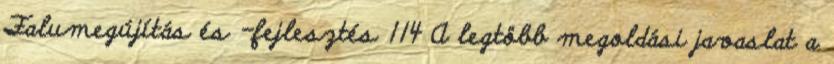
Falumegújítás és -fejlesztés 114 A legtöbb megoldási javaslat a